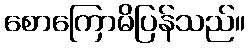
စောကြောမိပြန်သည်။